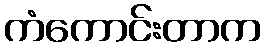
ကံကောင်းတာက